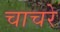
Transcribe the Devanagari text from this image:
चाचरे